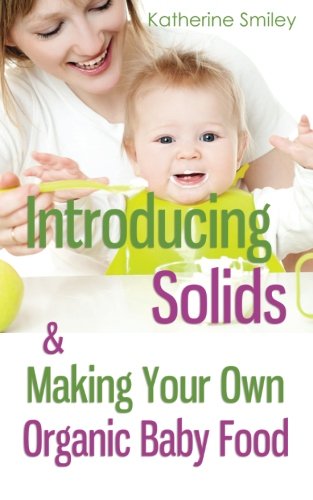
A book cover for Introducing Solids & Making Your Own Organic Baby Food: A Step-by-Step Guide to Weaning Baby off Breast & Starting Solids. Delicious, Easy-to-Make, & Healthy Homemade Baby Food Recipes Included.; Katherine Smiley; Cookbooks, Food & Wine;